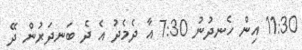
11:30 އިން ހެނދުނު 7:30 އާ ދެމެދު އެ ދެ ބަނދަރުން ދޭ